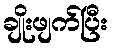
ချိုးဖျက်ပြီး